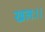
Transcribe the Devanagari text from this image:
खलः।।